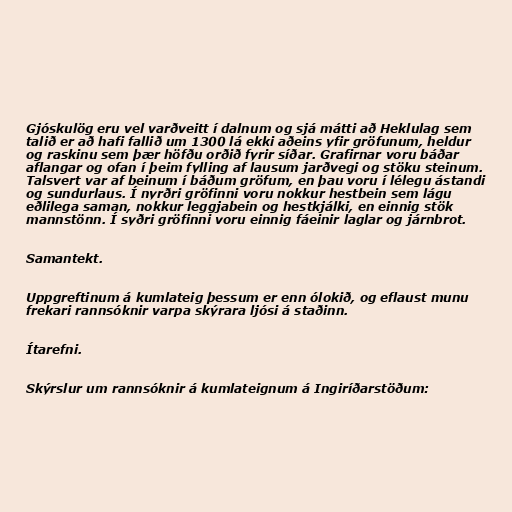
Gjóskulög eru vel varðveitt í dalnum og sjá mátti að Heklulag sem
talið er að hafi fallið um 1300 lá ekki aðeins yfir gröfunum, heldur
og raskinu sem þær höfðu orðið fyrir síðar. Grafirnar voru báðar
aflangar og ofan í þeim fylling af lausum jarðvegi og stöku steinum.
Talsvert var af beinum í báðum gröfum, en þau voru í lélegu ástandi
og sundurlaus. Í nyrðri gröfinni voru nokkur hestbein sem lágu
eðlilega saman, nokkur leggjabein og hestkjálki, en einnig stök
mannstönn. Í syðri gröfinni voru einnig fáeinir laglar og járnbrot.

Samantekt.

Uppgreftinum á kumlateig þessum er enn ólokið, og eflaust munu
frekari rannsóknir varpa skýrara ljósi á staðinn.

Ítarefni.

Skýrslur um rannsóknir á kumlateignum á Ingiríðarstöðum: